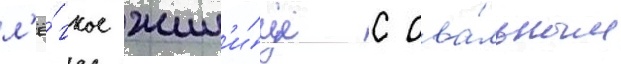
л'ё́гкое жил'и́ще с ова́льным